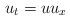
LaTeX: \begin{align*}u_t=uu_x \end{align*}